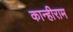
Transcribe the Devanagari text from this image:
कान्हीराम